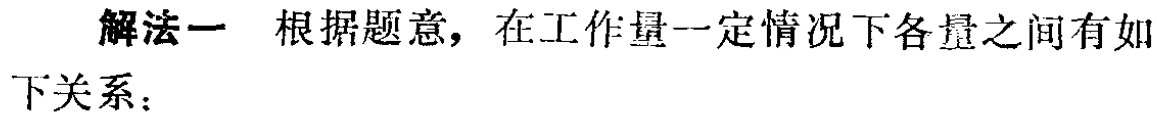
解法一 根据题意，在工作量一定情况下各量之间有如下关系：